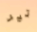
تير